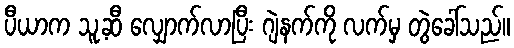
ပီယာက သူ့ဆီ လျှောက်လာပြီး ဂျဲနက်ကို လက်မှ တွဲခေါ်သည်။